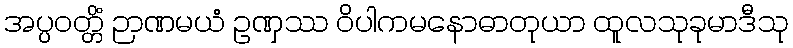
အပ္ပဝတ္တိံ ဉာဏမယံ ဥဏှဿ ဝိပါကမနောဓာတုယာ ထူလသုခုမာဒီသု